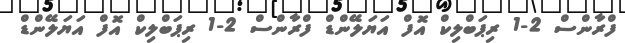
ފްރާންސް 2-1 ރިޕަބްލިކް އޮފް އަޔަލޭންޑް ފްރާންސް 2-1 ރިޕަބްލިކް އޮފް އަޔަލޭންޑް